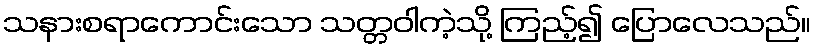
သနားစရာကောင်းသော သတ္တဝါကဲ့သို့ ကြည့်၍ ပြောလေသည်။